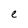
Character: e